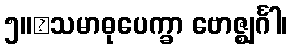
၅။	သမာဓုပေက္ခာ ဗောဇ္ဈင်္ဂါ၊